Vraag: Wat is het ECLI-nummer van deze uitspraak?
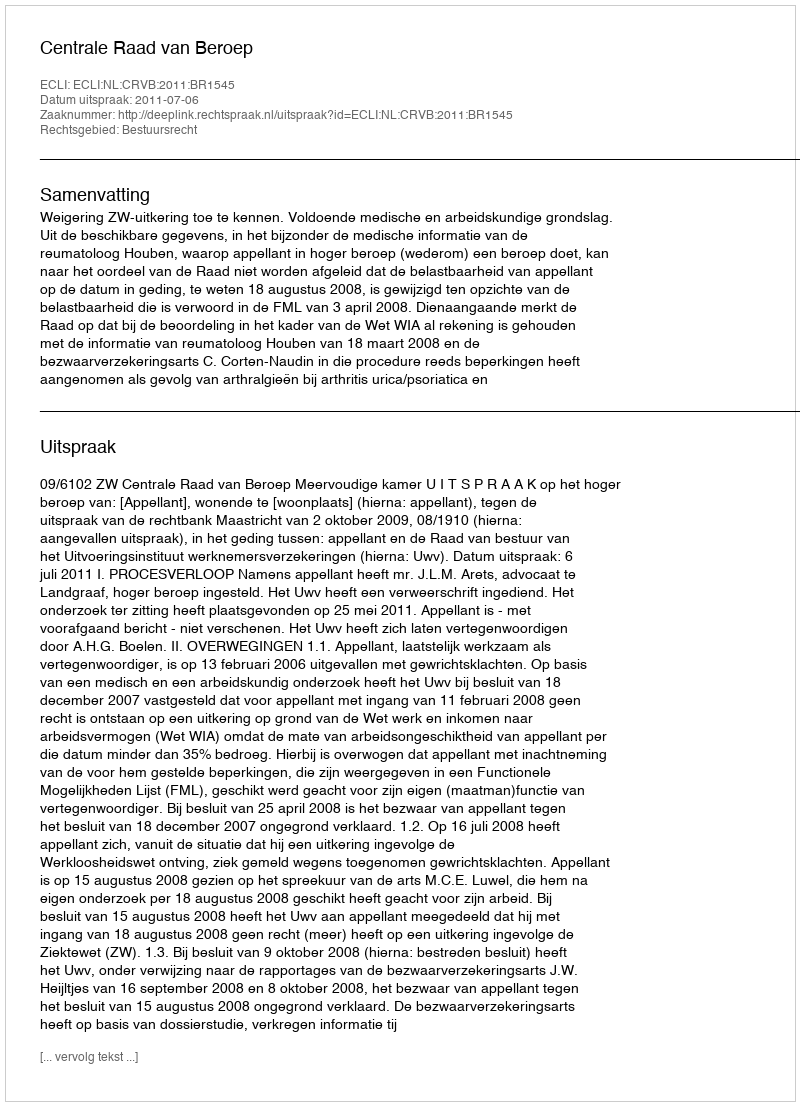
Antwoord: ECLI:NL:CRVB:2011:BR1545